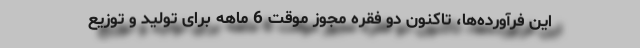
این فرآورده‌‌ها، تاکنون دو فقره مجوز موقت 6 ماهه برای تولید و توزیع